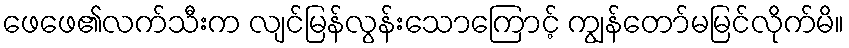
ဖေဖေ၏လက်သီးက လျင်မြန်လွန်းသောကြောင့် ကျွန်တော်မမြင်လိုက်မိ။